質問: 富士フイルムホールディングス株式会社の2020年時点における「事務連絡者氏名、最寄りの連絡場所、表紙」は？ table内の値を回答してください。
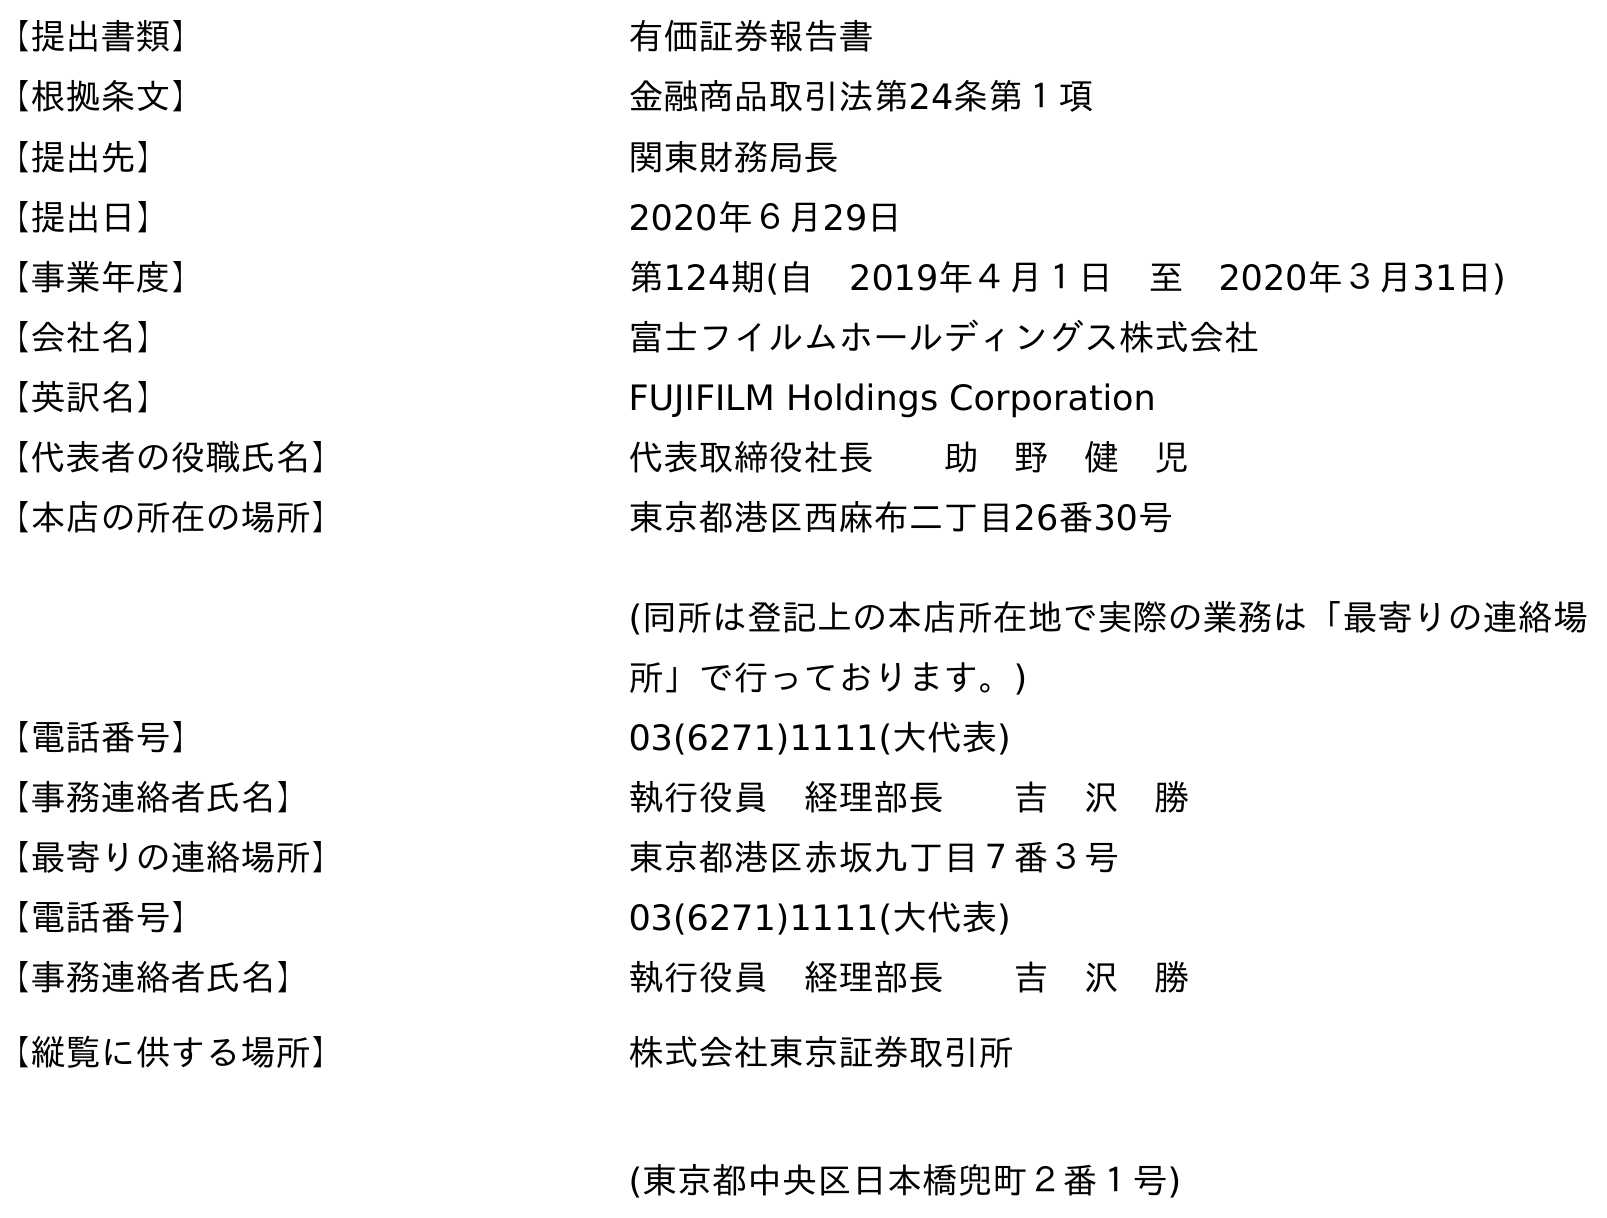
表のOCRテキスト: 【提出書類】 有価証券報告書 【根拠条文】 金融商品取引法第24条第１項 【提出先】 関東財務局長 【提出日】 2020年６月29日 【事業年度】 第124期(自 2019年４月１日 至 2020年３月31日) 【会社名】 富士フイルムホールディングス株式会社 【英訳名】 FUJIFILM Holdings Corporation 【代表者の役職氏名】 代表取締役社長  助 野 健 児 【本店の所在の場所】 東京都港区西麻布二丁目26番30号 (同所は登記上の本店所在地で実際の業務は「最寄りの連絡場 所」で行っております。) 【電話番号】 03(6271)1111(大代表) 【事務連絡者氏名】 執行役員 経理部長  吉 沢 勝 【最寄りの連絡場所】 東京都港区赤坂九丁目７番３号 【電話番号】 03(6271)1111(大代表) 【事務連絡者氏名】 執行役員 経理部長  吉 沢 勝 【縦覧に供する場所】 株式会社東京証券取引所 (東京都中央区日本橋兜町２番１号)
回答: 執行役員　経理部長吉　沢　勝